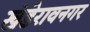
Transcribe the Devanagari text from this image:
खंडेरावनगर